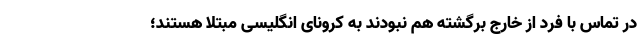
در تماس با فرد از خارج برگشته هم نبودند به کرونای انگلیسی مبتلا هستند؛